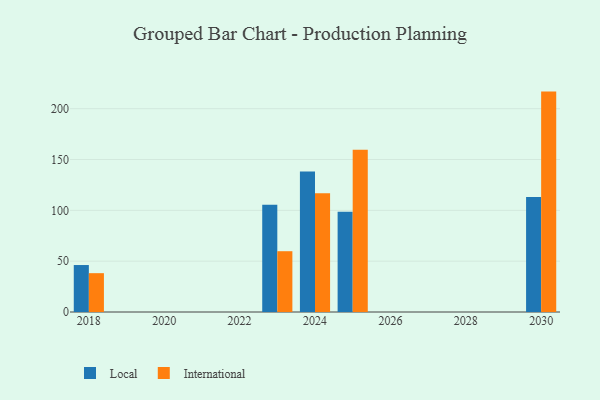
{"axis": {"x": "Year", "y": "Net Income (USD K)"}, "legend": ["International", "Local"], "data": [{"x": "2030", "y": 113.2, "type": "Local"}, {"x": "2030", "y": 216.8, "type": "International"}, {"x": "2023", "y": 105.4, "type": "Local"}, {"x": "2023", "y": 59.8, "type": "International"}, {"x": "2025", "y": 98.7, "type": "Local"}, {"x": "2025", "y": 159.5, "type": "International"}, {"x": "2024", "y": 138.3, "type": "Local"}, {"x": "2024", "y": 116.9, "type": "International"}, {"x": "2018", "y": 46.2, "type": "Local"}, {"x": "2018", "y": 38.2, "type": "International"}]}